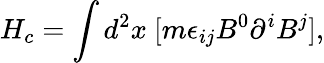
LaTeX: H_{c}=\int d^{2}x~[m\epsilon_{ij}B^{0}\partial^{i}B^{j}],